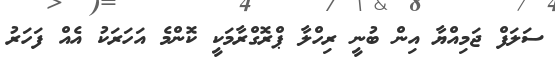
ސަލަފް ޖަމިއްޔާ އިން ބުނީ ރިހްލާ ޕްރޮގްރާމަކީ ކޮންމެ އަހަރަކު އެއް ފަހަރު